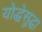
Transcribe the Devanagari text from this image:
योद्धेसुद्धा